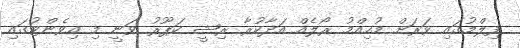
ފިލްމުގައި ވަރަށް މުހިއްމު ރޯލެއް އަދާކުރާ ރިޝީ ކަޕޫރު ވަނީ މި އިވެންޓުގައި